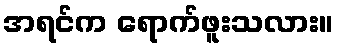
အရင်က ရောက်ဖူးသလား။